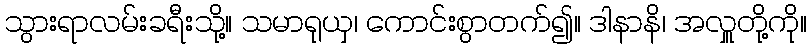
သွားရာလမ်းခရီးသို့။ သမာရုယှ၊ ကောင်းစွာတက်၍။ ဒါနာနိ၊ အလှူတို့ကို။